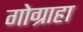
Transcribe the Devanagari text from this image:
गोग्राहा